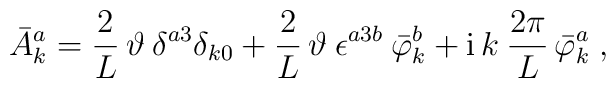
\bar A_k^a =   \frac{2}{L}\, \vartheta \: \delta^{a3} \delta_{k0} +   \frac{2}{L}\, \vartheta  \: \epsilon^{a3b}\: \bar \varphi_k^b  + \mathrm{i} \, k \: \frac{2\pi}{L} \, \bar \varphi_k^a\;,